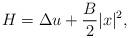
LaTeX: \begin{align*}H=\Delta u+\frac{B}{2}|x|^2,\end{align*}